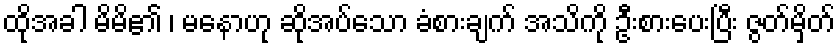
ထိုအခါ မိမိ၏ ၊ မနောဟု ဆိုအပ်သော ခံစားချက် အသိကို ဦးစားပေးပြီး ဇွတ်မှိတ်